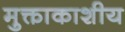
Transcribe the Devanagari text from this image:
मुक्ताकाशीय